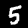
Label: 5